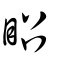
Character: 眧